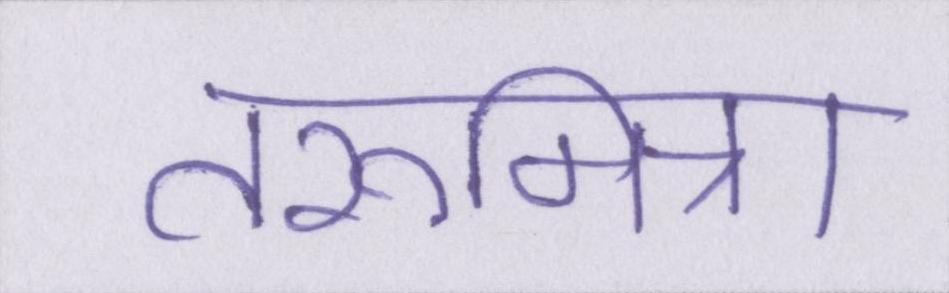
तरूमित्रा